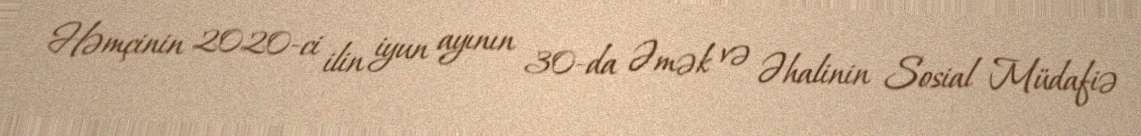
Həmçinin 2020-ci ilin iyun ayının 30-da Əmək və Əhalinin Sosial Müdafiə